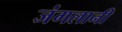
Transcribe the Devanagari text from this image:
जंगलानी